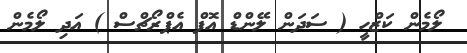
ލޯމެން ކަޒްހީ ( ސަދަން ލޭންޑް އޮފް އެޕްރޯޗްސް ) އަދި ލޯމެން